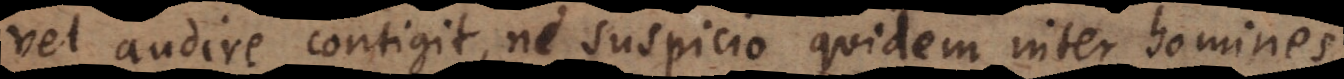
vel audire contigit, ne suspicio quidem inter homines